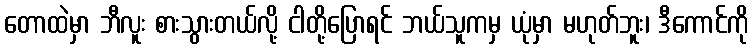
တောထဲမှာ ဘီလူး စားသွားတယ်လို့ ငါတို့ပြောရင် ဘယ်သူကမှ ယုံမှာ မဟုတ်ဘူး၊ ဒီကောင်ကို